Leningradi_Edasi_toimetus, lk 181
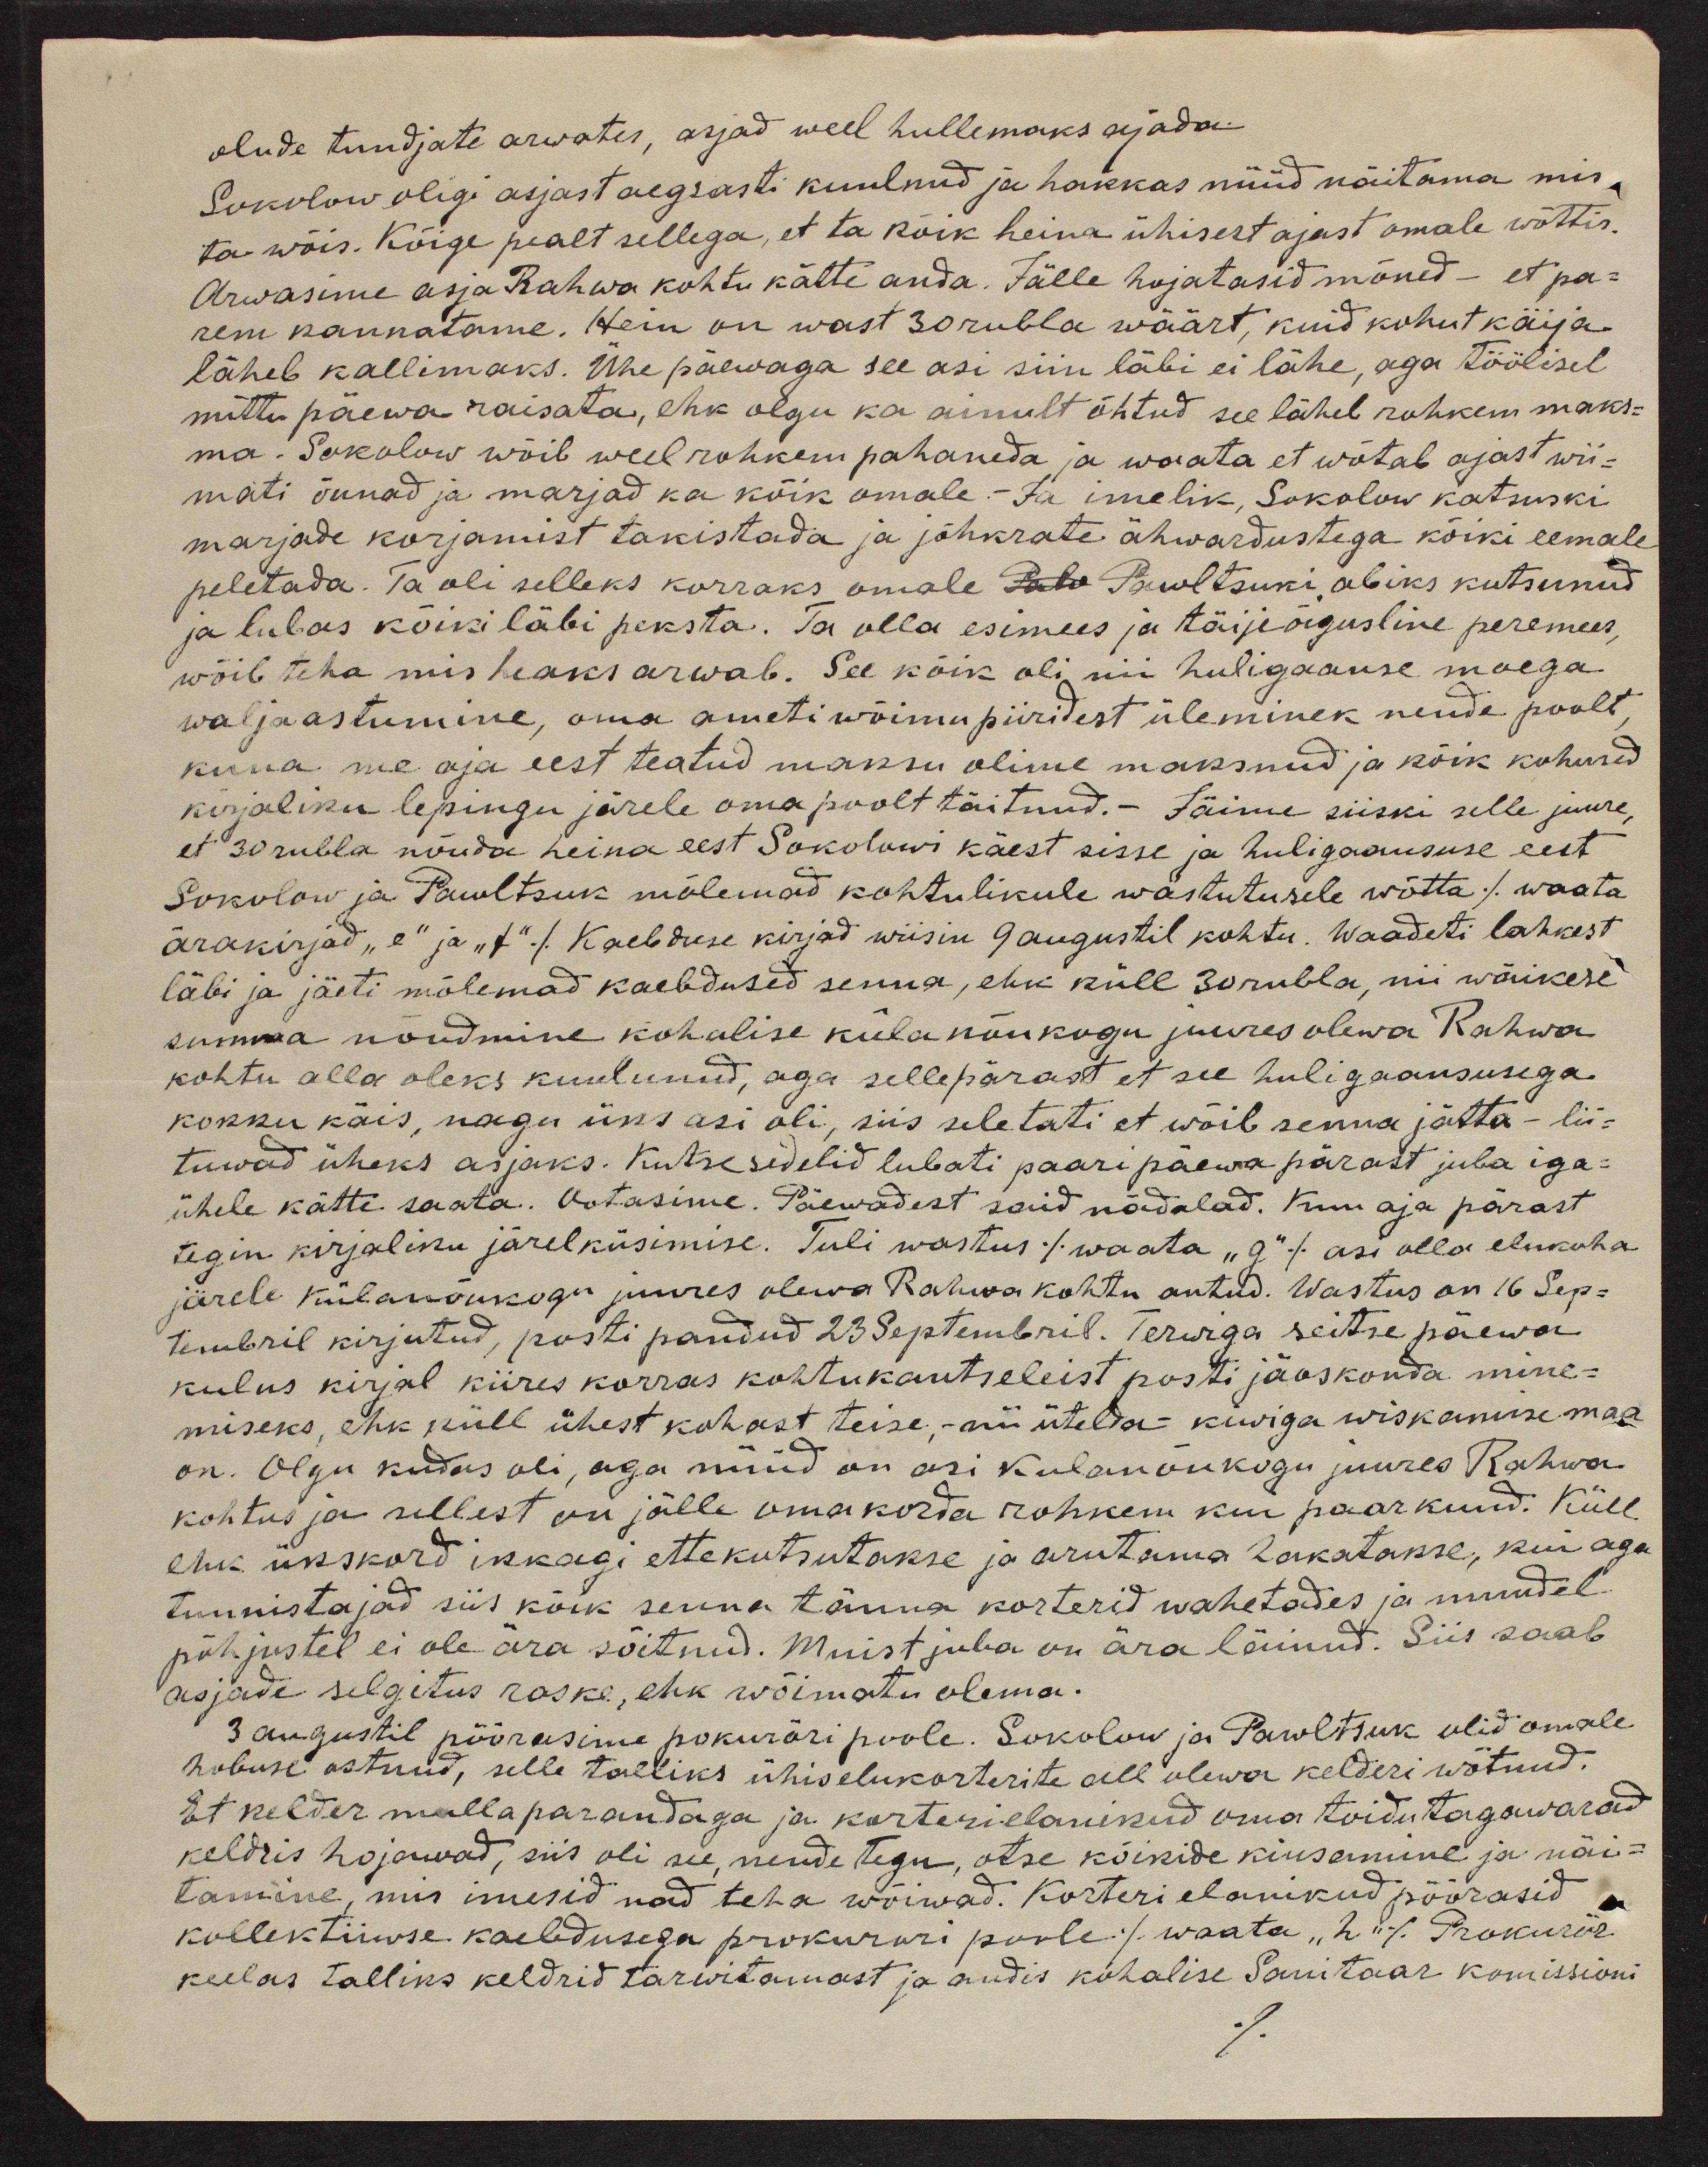
olude tundjate arwates, asjad weel hullemaks ajada.
Sokolow oligi asjast aegsasti kuulnud ja hakkas nüüd näitama mis,
ta wõis. Kõige pealt sellega, et ta kõik heina ühisest ajast omale wõttis.
Arwasime asja Rahwa kohtu kätte anda. Jälle hojatasid mõned - et pa-
rem kannatame. Hein on wast 30 rubla wäärt, kuid kohut käija.
läheb kallimaks. Ühe päewaga see asi siin läbi ei lähe, aga töölisel
mittu päewa raisata, ehk olgu ka ainult õhtud see läheb rohkem maks-
ma. Sokolow wõib weel rohkem pahanda ja waata et wõtab ajast wii-
mati õunad ja marjad ka kõik omale.- Ja imelik, Sokolow katsuski
marjade korjamist takistada ja jõhkrate ähwardustega kõiki eemale
peletada. Ta oli selleks korraks omale Lubo Pawltsuki abiks kutsunud
ja lubas kõiki läbi peksta. Ta olla esimees ja täijeõigusline peremees,
wõib teha mis heaks arwab. See kõik oli nii huligaanse moega.
wäljaastumine, oma ameti wõimu piiridest üleminek nende poolt,
kuna me aja eest teatud maksu olime maksnud ja kõik kohused
kirjaliku lepingu järele oma poolt täitnud. -jäime siiski selle juure
et 30 rubla nõuda heina eest Sokolowi käest sisse ja huligaanususe eest
Sokolow ja Pawltsuk mõlemad kohtulikule wastutusele wõtta /waata
ärakirjad "e" ja "f"/ Kaebduse kirjad wiisin 9 augustil kohtu. Waadeti lahkest
läbi ja jäeti mõlemad kaebdused senna, ehk küll 30 rubla, nii wäikese
summa nõudmine kohulise külanõukogu juures olewa Rahwa
kohtu alla oleks kuulunud, aga sellepärast et see huligaansusega
kokku käis, nagu üks asi oli, siis seletati et wõib senna jätta - lii-
tuwad üheks asjaks. Kutse sedelid lubati paari päewa pärast juba iga-
ühele kätte saata. Ootasime. Päewadest sai nädalad. Kuu aja pärast
tegin kirjaliku järelküsimise. Tuli wastus /waata "G"/ asi olla elukoha
järele külanõukogu juures olewa Rahwa kohtu antud. Wastus on 16 Sep-
tembril kirjutud, posti pandud 23 Septembril. Terwiga seitse päewa
kulus kirjal kiires korras kohtukantseleist posti jäoskonda mine-
miseks, ehk küll ühest kohast teise, - nii ütelda- kiwiga wiskamise maa
on. Olgu kuidas oli, aga nüüd on asi kulanõukogu juures Rahwa
kohtus ja sellest on jälle omakorda rohkem kui paar kuud. Küll
ehk ükskord ikkagi ette kutsutakse ja arutama hakatakse, kui aga
tunnistajad siis kõik senna tänna korterid wahetades ja muudel
põhjustel ei ole ära sõitnud. Muist juba on ärä läinud. Siis saab
asjade selgitus raske, ehk wõimatu olema.
3 augustil pöörasime pokurõri poole. Sokolow ja Pawltsuk olid omale
hobuse ostnud, selle talliks ühiselukorterite all olewa kelderi wõtnud.
Et kelder mullaparandaga ja korterielanikud oma toidutagawarad
keldris hojawad, siis oli see, nendetegu, otse kõikide kiusamine ja näi-
tamine, mis imesid nad teha wõiwad. Korteri elanikud pöörasid
kollektiivse kaebdusega prokurari poole /waata "h"/ Prokurör
keelas talliks keldrid tarwitamast ja andis kohalise Sanitaar komissioni